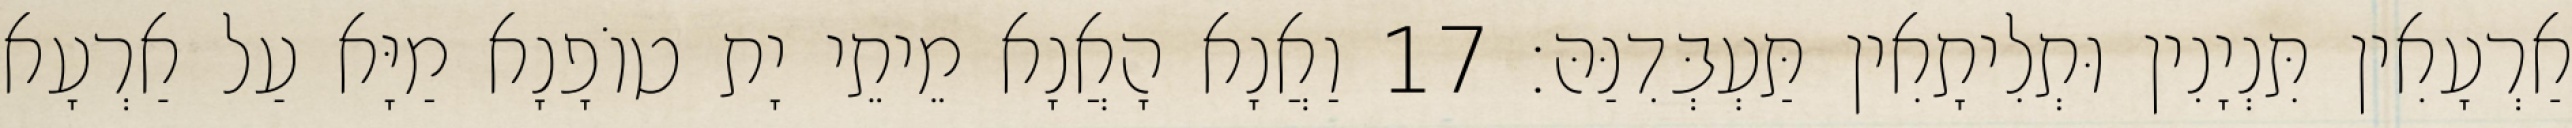
אַרְעָאִין תִּנְיָנִין וּתְלִיתָאִין תַּעְבְּדִנַּהּ׃ 17 וַאֲנָא הָאֲנָא מֵיתֵי יָת טוֹפָנָא מַיָּא עַל אַרְעָא